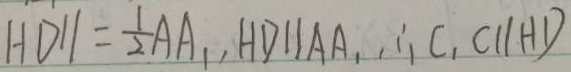
H D / / = \frac { 1 } { 2 } A A _ { 1 } , H D / / A A , \therefore C _ { 1 } C / / H D